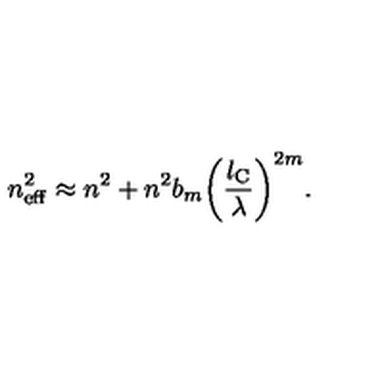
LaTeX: n _ { \mathrm { e f f } } ^ { 2 } \approx n ^ { 2 } + n ^ { 2 } b _ { m } \biggl ( \frac { l _ { \mathrm { C } } } { \lambda } \biggr ) ^ { 2 m } .